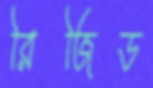
রিজিড